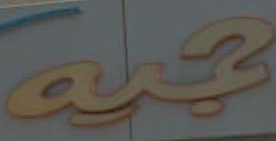
بحجية